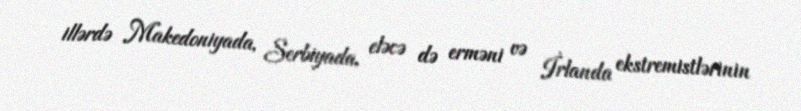
illərdə Makedoniyada, Serbiyada, eləcə də erməni və İrlanda ekstremistlərinin